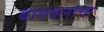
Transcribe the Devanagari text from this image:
बायबलाचा